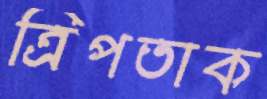
ত্রিপতাক